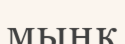
мыңқ